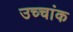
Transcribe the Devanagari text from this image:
उच्‍चांक